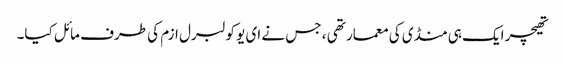
تھیچر ایک ہی منڈی کی معمار تھی ، جس نے ای یو کو لبرل ازم کی طرف مائل کیا۔